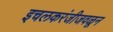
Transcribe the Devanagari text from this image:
इचलकरंजीजवळून